Annual report of the Punjab Veterinary College and of the Civil Veterinary Department, Punjab - 1894-1908
Year: 1894
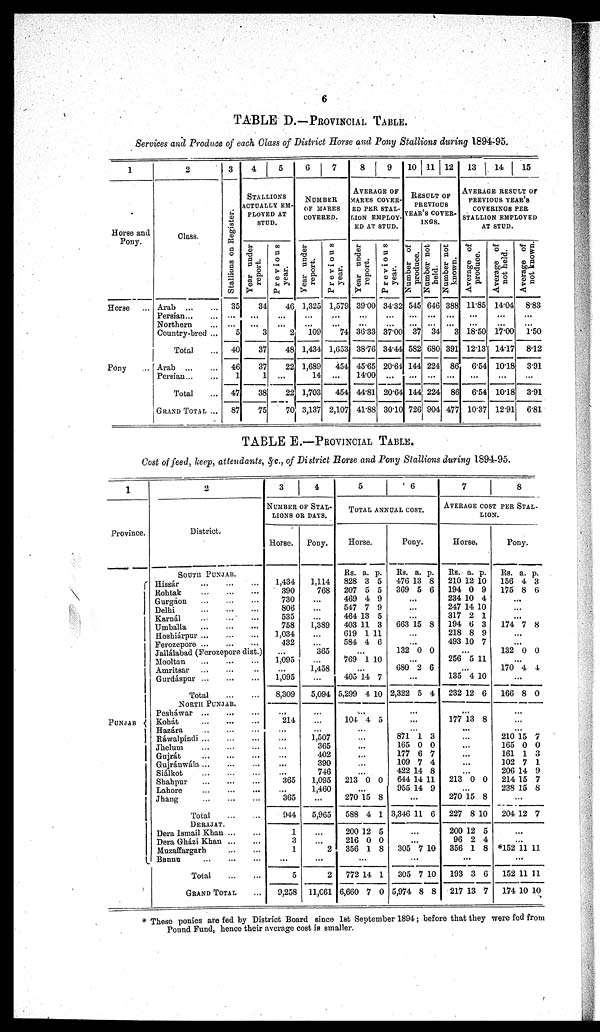
6
TABLE D.––– PROVINCIAL TABLE.
Services and Produce of each Class of District Horse and Pony Stallions during 1894-95.
1
Horse and
Pony.
Horse ...
Pony ...
2
Class.
Arab
...
...
Persian ... ...
Northern ...
Country-bred ...
Total ...
Arab ... ...
Persian... ...
Total ...
Grand Total ...
3
Stallions on Register.
35
...
...
5
40
46
1
47
87
4
5
STALLIONS
ACTUALLY EM-
------ AT
STUD.
Year under
report.
34
...
...
3
37
37
1
38
75
Previous
year.
46
...
...
2
48
22
...
22
70
6
7
NUMBER
OF MARES
COVERED.
Year under
report.
1,325
...
...
109
1,434
1,689
14
1,703
3,137
Previous
year.
1,579
...
...
74
1,653
454
...
454
2,107
8
9
AVERAGE OF
MARES COVER-
-- PER STAL-
---- EMPLOY-
-- AT STUD.
Year under
report.
39.00
...
...
3633
38.76
45.65
14.00
44.81
41.88
Previous
year.
34.32
...
...
37.00
34.44
20.64
...
20.64
30.10
10 11 12
RESULT OF
PREVIOUS
YEAR'S COVER-
INGS.
Number of
produce.
545
...
...
37
582
144
...
144
726
Number not
held.
646
...
...
34
680
224
...
224
904
Number not
known.
388
...
...
3
391
86
...
86
477
13 | 14
15
AVERAGE RESULT OF
PREVIOUS YEAR'S
COVERINGS PER
STALLION EMPLOYED
AT STUD.
Average of
produce.
11.85
...
...
18.50
12.13
6.54
...
6.54
10.37
Average of
not held.
14.04
...
...
17.00
14.17
10.18
...
10.18
12.91
Average of
not known.
8.83
...
...
1.50
8.12
3.91
...
3.91
6.81
TABLE
E.—PROVINCIAL
TABLE.
Cost of feed, keep, attendants, &c., of District Horse and Pony Stallions during 1894-95.
1
Province.
PUNJAB
2
District.
SOUTH PUNJAB.
Hissár
...
...
...
Rohtak
...
...
...
Gurgáon ... ... ...
Delhi
...
...
...
Karnál
...
...
...
Umballa
...
...
...
Hoshiárpur
...
...
...
Ferozepore
...
...
...
Jallálabad (Ferozepore dist.)
Mooltan
...
...
...
Amritsar .. ... ...
Gurdáspur
...
...
...
Total ... ...
NORTH PUNJAB.
Pesháwar
...
...
...
Kohát ... ... ...
Hazára ... ... ...
Rawalpindi
...
...
...
Jhelum
...
...
...
Gujrát ... ... ...
Gujránwála ... ... ...
Siálkot
...
...
...
Shahpur
...
...
...
Lahore
...
...
...
Jhang
...
...
...
Total
...
...
DERAJAT.
Dera Ismail Khan ... ...
Dera Gházi Khan
...
...
Muzaffargarh
...
...
Bannu
...
...
...
Total
...
...
GRAND TOTAL ...
3
4
NUMBER OF STAL-
LIONS OR DAYS.
Horse.
1,434
390
730
806
535
758
1,034
432
...
1,095
...
1,095
8,309
...
214
...
...
...
...
...
...
365
...
365
944
1
3
1
...
5
9,258
Pony.
1,114
768
...
...
...
1,389
...
...
365
...
1,458
...
5,094
...
...
...
1,507
365
402
390
746
1,095
1,460
...
5,965
...
...
2
...
2
11,061
5
6
TOTAL ANNUAL COST.
Horse.
Rs.
828
207
469
547
464
403
619
584
a.
3
5
4
7
13
11
1
4
p.
5
5
9
9
5
3
11
6
.
..
769 1 10
.
..
405
5,299
14
4
7
10
...
104 4 5
...
.
.. .
..
.
.. .
..
.
..
213 0 0
.
..
270
588
200
216
356
15
4
12
0
1
8
1
5
0
8
...
772
6,660
14
7
1
0
Pony.
Rs.
476
369
a.
13
5
p.
8
6
...
...
...
663 15 8
...
...
132 0 0
...
680 2 6
...
2,322 5 4
...
...
...
871
165
177
109
422
644
955
1
0
6
7
14
14
14
3
0
7
4
8
11
9
...
3,346
...
305
11
...
7
6
10
...
305
5,974
7
8
10
8
7
8
AVERAGE COST PER STAL-
LION.
Horse.
Rs.
210
194
234
247
317
194
218
493
a.
12
0
10
14
2
6
8
10
p.
10
9
4
10
1
3
9
7
...
256 5 11
...
135
232
4
12
10
6
...
177 13 8
.
.. .
..
...
.
.. .
..
.
..
213 0 0
...
270
227
200
96
356
15
8
12
2
1
8
10
5
4
8
.
..
193
217
3
13
6
7
Pony.
Rs.
156
175
a.
4
8
p.
3
6
...
.
..
.
..
174 7 8
...
.
..
132 0 0
.
..
170 4 4
.
..
166 8 0
.
.. ...
...
210
165
161
102
206
214
238
15
0
1
7
14
15
15
7
0
3
1
9
7
8
.
..
204
*152
12
...
...
11
7
11
...
152
174
11
10
11
10
* These ponies are fed by District Board since 1st September 1894; before that they were fed from
Pound Fund, hence their average cost is smaller.